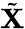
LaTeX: \tilde{\mathbf{X}}